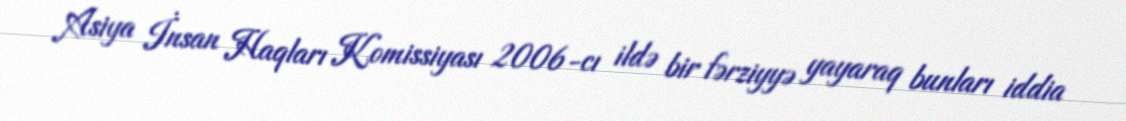
Asiya İnsan Haqları Komissiyası 2006-cı ildə bir fərziyyə yayaraq bunları iddia